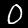
Digit: 0